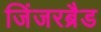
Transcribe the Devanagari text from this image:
जिंजरब्रैड